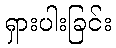
ရှားပါးခြင်း